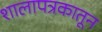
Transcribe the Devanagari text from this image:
शालापत्रकातून